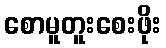
စောမူတူးစေးဖိုး